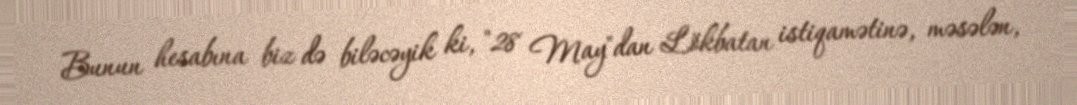
Bunun hesabına biz də biləcəyik ki, "28 May"dan Lökbatan istiqamətinə, məsələn,